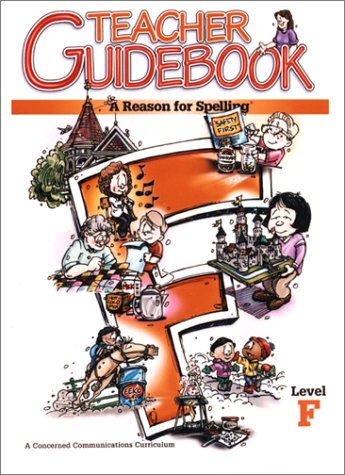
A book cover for A Reason for Spelling: Teacher Guidebook Level F; Rebecca Burton; Reference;